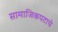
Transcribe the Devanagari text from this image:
सामाजिकपटाचे